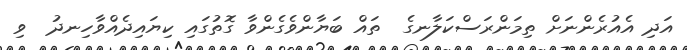
އަދި އެއުރެންނަށް ތިމަންރަސްކަލާނގެ  ތައް ބަޔާންވެގެންވާ ގޮތުގައި ކިޔައިދެއްވާހިނދު  ވި